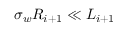
\sigma _ { w } R _ { i + 1 } \ll L _ { i + 1 }